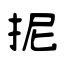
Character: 抳